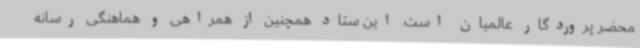
محضر پروردگار عالمیان است. این ستاد همچنین از همراهی و هماهنگی رسانه